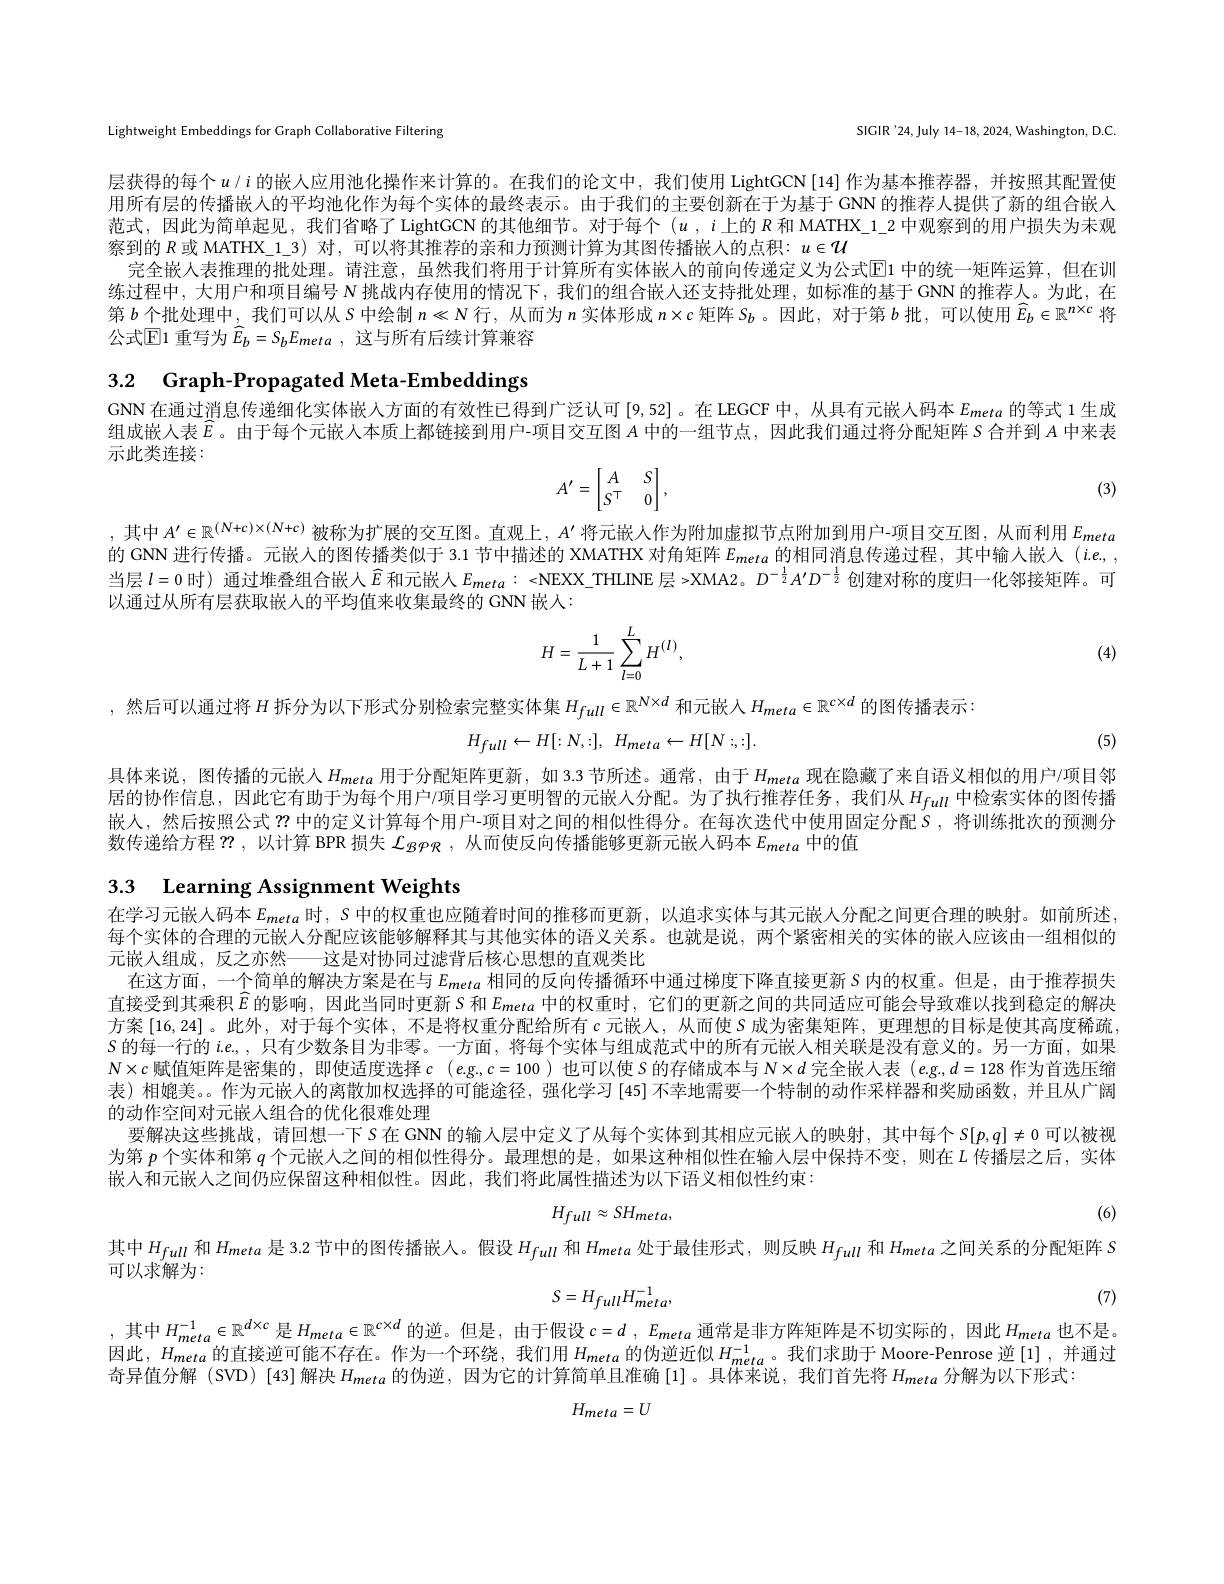
Lightweight Embeddings for Graph Collaborative Filtering

SIGIR'24,July 14-18, 2024, Washington, D.C.

层获得的每个$u/i$ 的嵌人应用池化操作来计算的。在我们的论文中，我们使用 LightGCN[14]作为基本推荐器，并按照其配置使用所有层的传播嵌人的半均池化作为每个实体的最终表示。由于我们的主要创新在于为基于 GNN 的推荐人提供了新的组合嵌入范式，因此为简单起见，我们省略了LightGCN 的其他细节。对于每个$(u,i$上的$R$和 MATHX\_1\_2 中观察到的用户损失为未观察到的$R$或 MATHX\_1\_3) 对，可以将其推荐的亲和力预测计算为其图传播嵌人的点积：$u\in\mathcal{U}$
完全嵌人表推理的批处理。请注意，虽然我们将用于计算所有实体嵌人的前向传递定义为公式$\overline{\mathrm{E}}$1 中的统一矩阵运算，但在训练过程中，大用户和项目编号 N 挑战内存使用的情况下，我们的组合嵌人还支持批处理，如标准的基于 GNN 的推荐人。为此，在第$b$个批处理中，我们可以从$S$中绘制$n\ll N$行，从而为$n$实体形成$n\times c$矩阵$S_b$ 。因此，对于第$b$批，可以使用$\widehat E_b\in\mathbb{R}^{n\times c}$将公式$\mathbb{E}$1 重写为 $\widehat{E} _b= S_bE_{meta}$ , 这与所有后续计算兼容

3.2 Graph-Propagated Meta-Embeddings

GNN 在通过消息传递细化实体嵌人方面的有效性已得到广泛认可[9,52]。在LEGCF 中，从具有元嵌人码本$E_{meta}$的等式 1生成组成嵌人表$\widehat{E}$。由于每个元嵌人本质上都链接到用户-项目交互图$A$中的一组节点，因此我们通过将分配矩阵 S 合并到$A$中来表示此类连接：
$$A'=\begin{bmatrix}A&&S\\S^\top&&0\end{bmatrix},$$
(3)

,其中$A^\prime\in\mathbb{R}^{(N+c)\times(N+c)}$被称为扩展的交互图。直观上，$A^\prime$将元嵌人作为附加虚拟节点附加到用户-项目交互图，从而利用$E_{meta}$ 的 GNN 进行传播。元嵌人的图传播类似于 3.1 节中描述的 XMATHX 对角矩阵$E_{meta}$的相同消息传递过程，其中输人嵌人$(i.e.,$, 当层$l=0$时) 通过堆叠组合嵌人$\widehat{E}$和元嵌人$E_{meta}:<$NEXX\_THLINE 层 >XMA2。$D^{-\frac12}A^{\prime}D^{-\frac12}$创建对称的度归一化邻接矩阵。可以通过从所有层获取嵌人的平均值来收集最终的 GNN 嵌人：

(4)
$$H=\frac{1}{L+1}\sum_{l=0}^{L}H^{(l)},$$
,然后可以通过将$H$拆分为以下形式分别检索完整实体集$H_{full}\in\mathbb{R}^{N\times d}$和元嵌入$H_{meta}\in\mathbb{R}^{c\times d}$的图传播表示：
$$H_{full}\leftarrow H[:N,:],\:H_{meta}\leftarrow H[N:;:].$$
(5)

具体来说，图传播的元嵌人$H_{meta}$用于分配矩阵更新，如3.3节所述。通常，由于$H_{meta}$现在隐藏了来自语义相似的用户/项目邻居的协作信息，因此它有助于为每个用户/项目学习更明智的元嵌人分配。为了执行推荐任务，我们从$H_{full}$ 中检索实体的图传播嵌人，然后按照公式？?中的定义计算每个用户-项目对之间的相似性得分。在每次迭代中使用固定分配$S$,将训练批次的预测分数传递给方程？?,以计算 BPR 损失$\mathcal{L}_{BPPR}$,从而使反向传播能够更新元嵌人码本$E_{meta}$中的值

## 3.3 Learning Assignment Weights

在学习元嵌人码本$E_{meta}$时，$S$中的权重也应随着时间的推移而更新，以追求实体与其元嵌人分配之间更合理的映射。如前所述每个实体的合理的元嵌人分配应该能够解释其与其他实体的语义关系。也就是说，两个紧密相关的实体的嵌人应该由一组相似的元嵌入组成，反之亦然——这是对协同过滤背后核心思想的直观类比
在这方面，一个简单的解决方案是在与$E_{meta}$相同的反向传播循环中通过梯度下降直接更新 S 内的权重。但是，由于推荐损失直接受到其乘积$\widehat{E}$的影响，因此当同时更新 S 和$E_{meta}$中的权重时，它们的更新之间的共同适应可能会导致难以找到稳定的解决方案[16,24]。此外，对于每个实体，不是将权重分配给所有$c$ 元嵌入，从而使 S 成为密集矩阵，更理想的目标是使其高度稀疏S 的每一行的 ie, 只有少数条目为非零。一方面，将每个实体与组成范式中的所有元嵌人相关联是没有意义的。另一方面，如果$N\times c$赋值矩阵是密集的，即使适度选择$c$ $( e$g$.,c=100)$也可以使$S$的存储成本与$N\times d$完全嵌人表$(e$.g$,d=128$作为首选压缩表)相媲美。作为元嵌人的离散加权选择的可能途径，强化学习 [45] 不幸地需要一个特制的动作采样器和奖励函数，并且从广阔的动作空间对元嵌人组合的优化很难处理
要解决这些挑战，请回想一下 S 在 GNN 的输人层中定义了从每个实体到其相应元嵌人的映射，其中每个$S[p,q]\neq0$可以被视为第$p$个实体和第$q$个元嵌人之间的相似性得分。最理想的是，如果这种相似性在输人层中保持不变，则在$L$传播层之后，实体嵌人和元嵌人之间仍应保留这种相似性。因此，我们将此属性描述为以下语义相似性约束：

(6)
$$H_{full}\approx SH_{meta},$$
其中$H_{full}$和$H_{meta}$是 3.2 节中的图传播嵌人。假设$H_{full}$和$H_{meta}$处于最佳形式，则反映$H_{full}$和$H_{meta}$之间关系的分配矩阵 S

可以求解为：
$$S=H_{full}H_{meta}^{-1},$$
(7)

,其中$H_meta^{-1}\in\mathbb{R}^{d\times c}$是$H_meta\in\mathbb{R}^{c\times d}$的逆。但是，由于假设$c=d,E_meta$通常是非方阵矩阵是不切实际的，因此$H_meta$也不是。因此，$H_meta$的直接逆可能不存在。作为一个环绕，我们用$H_meta$的伪逆近似$H_meta$。我们求助于 Moore-Penrose 逆[1],并通过奇异值分解(SVD)[43]解决$H_meta$ 的伪逆，因为它的计算简单且准确 [1]。具体来说，我们首先将$H_meta$ 分解为以下形式：
$$H_{meta}=U$$